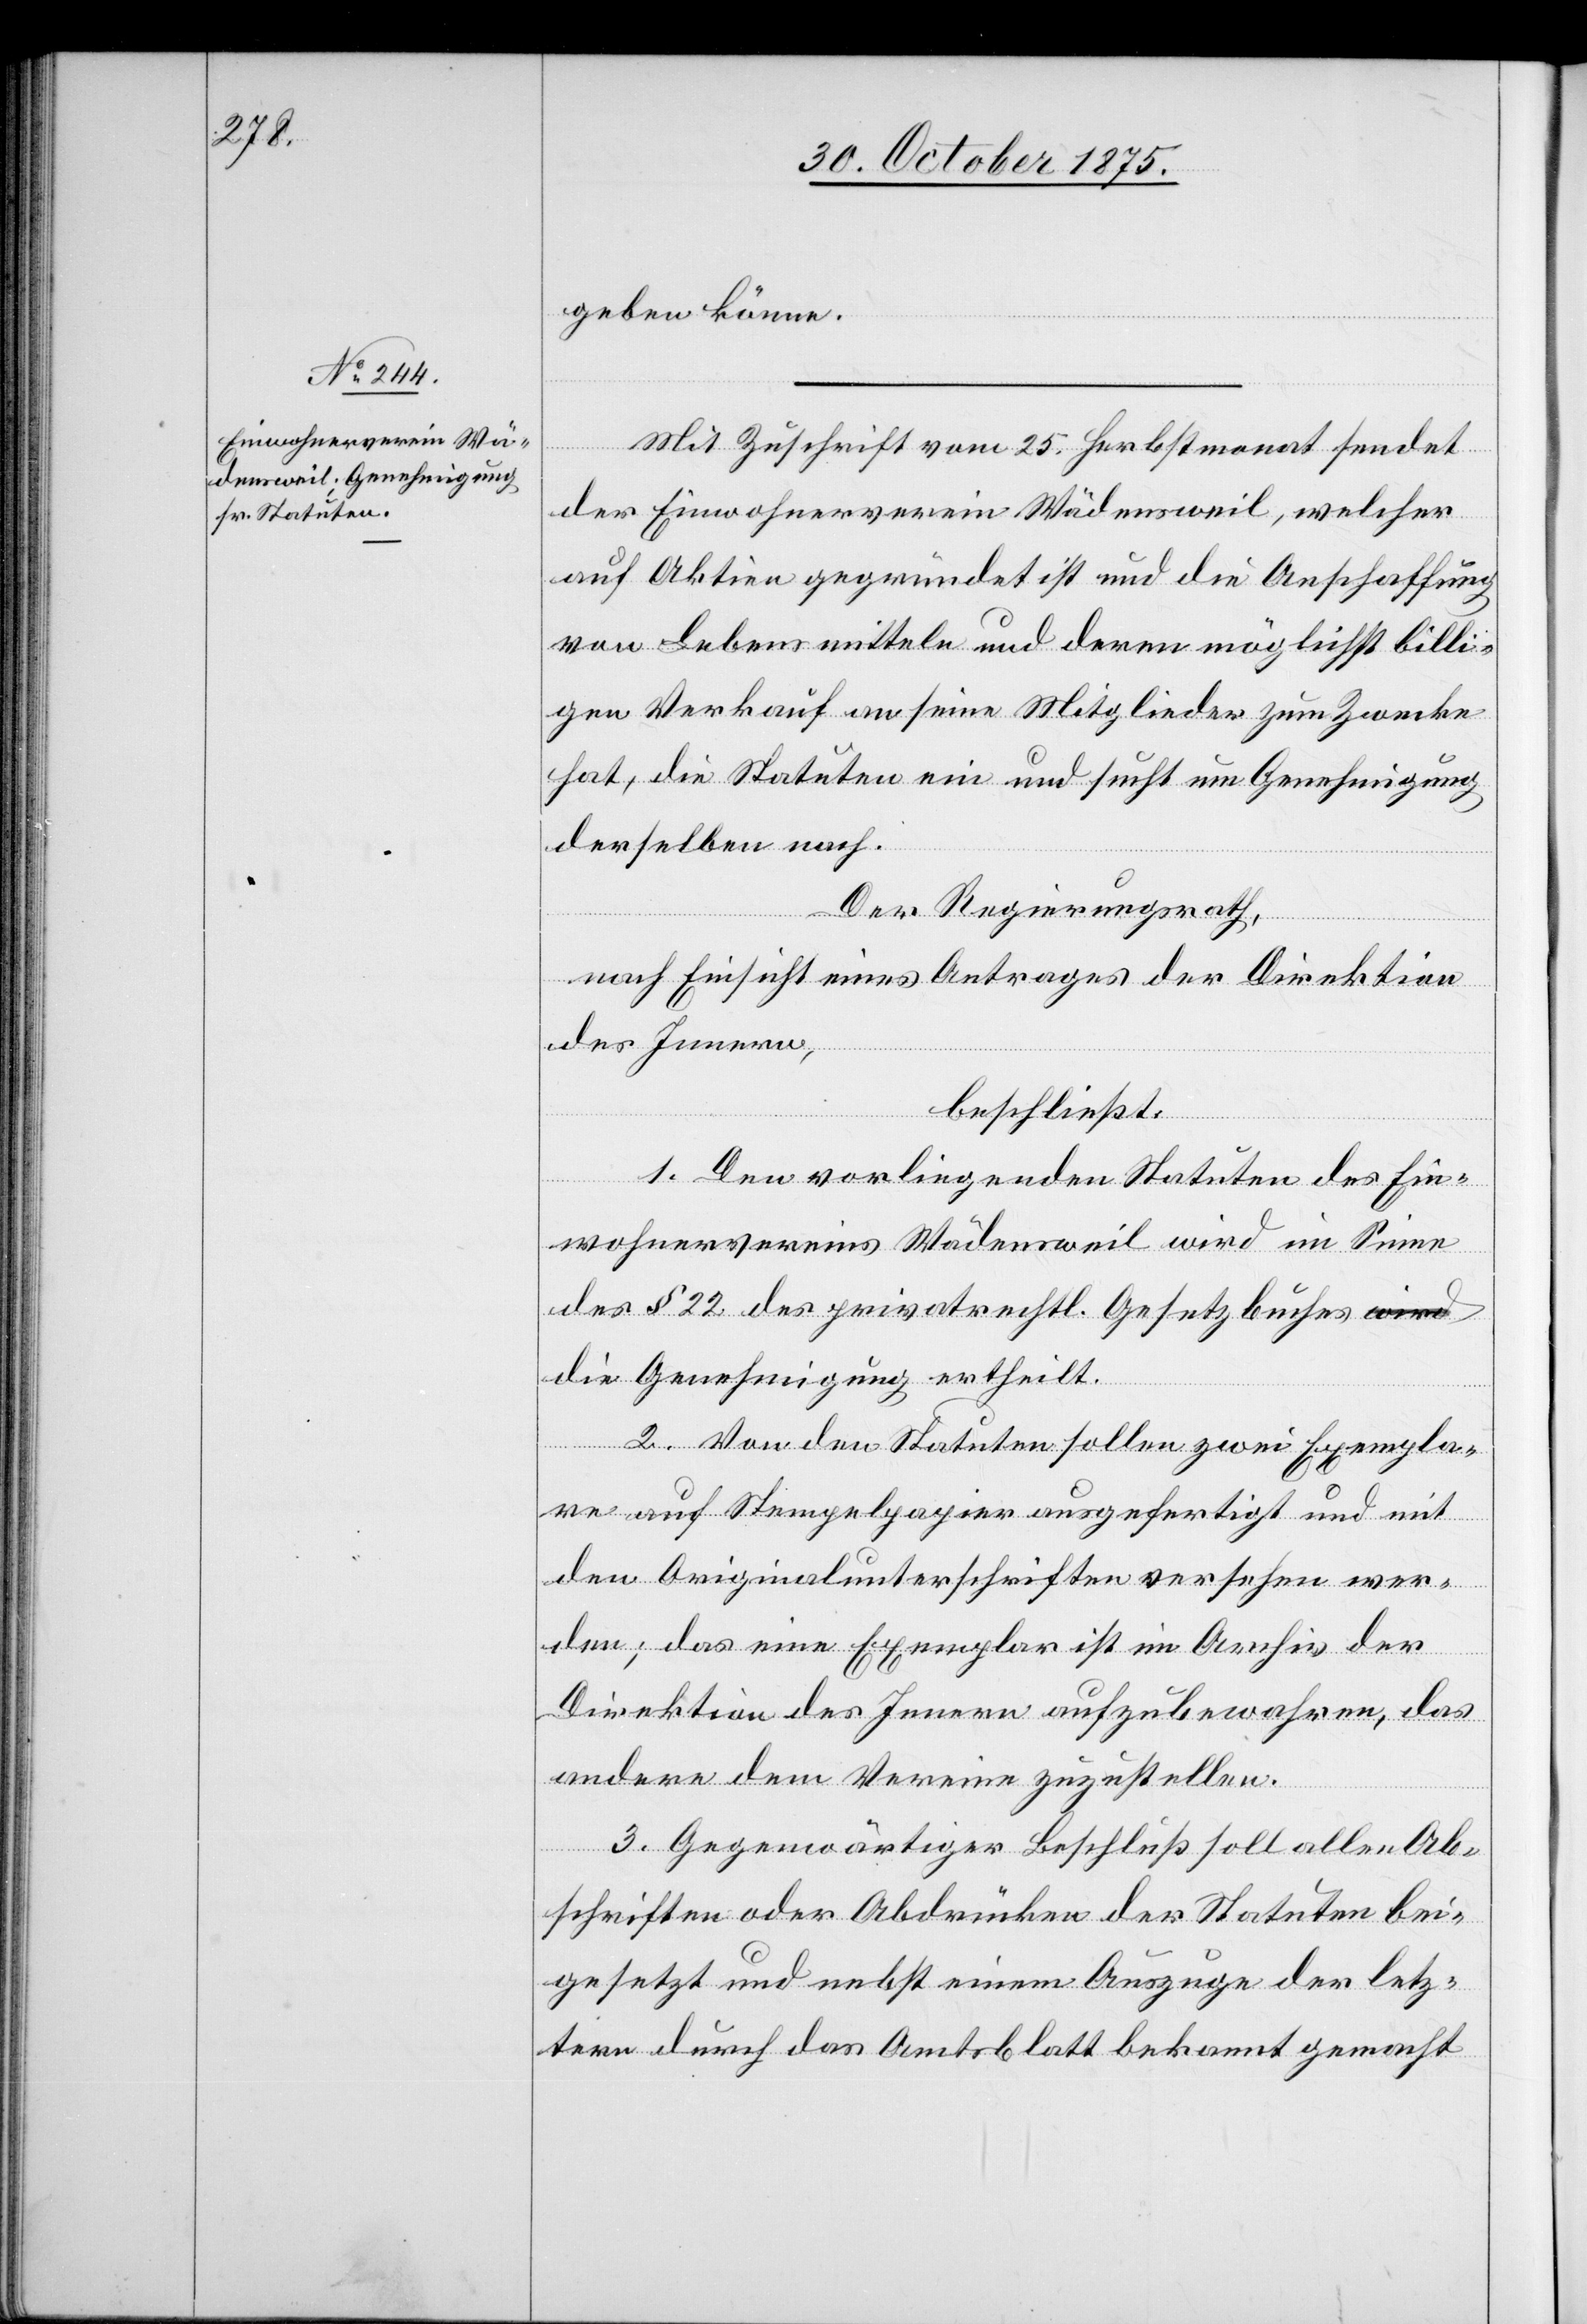
geben könne.
Mit Zuschrift vom 25. Herbstmonat sendet
der Einwohnerverein Wädensweil, welcher
auf Aktien gegründet ist und die Anschaffung
von Lebensmitteln und deren möglichst billi¬
gen Verkauf an seine Mitglieder zum Zwecke
hat, die Statuten ein und sucht um Genehmigung
derselben nach.
Der Regierungsrath,
nach Einsicht eines Antrages der Direktion
des Innern,
beschließt:
1. Den vorliegenden Statuten des Ein¬
wohnervereins Wädensweil wird im Sinne
des § 22 des privatrechtl. Gesetzbuches
die Genehmigung ertheilt.
2. Von den Statuten sollen zwei Exempla¬
re auf Stempelpapier ausgefertigt und mit
den Originalunterschriften versehen wer¬
den; das eine Exemplar ist im Archiv der
Direktion des Innern aufzubewahren, das
andere dem Vereine zuzustellen.
3. Gegenwärtiger Beschluß soll allen Ab¬
schriften oder Abdrücken der Statuten bei¬
gesetzt und nebst einem Auszuge der letz¬
tern durch das Amtsblatt bekannt gemacht